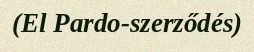
(El Pardo-szerződés)